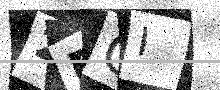
Text: 2RCI